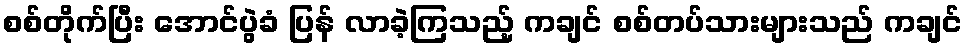
စစ်တိုက်ပြီး အောင်ပွဲခံ ပြန် လာခဲ့ကြသည့် ကချင် စစ်တပ်သားများသည် ကချင်